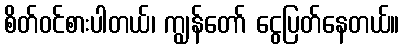
စိတ်ဝင်စားပါတယ်၊ ကျွန်တော် ငွေပြတ်နေတယ်။